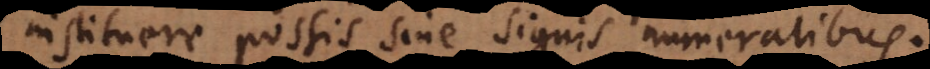
instituere possis sine signis numeralibus.